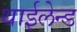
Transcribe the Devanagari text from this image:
थाईलेन्ड